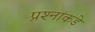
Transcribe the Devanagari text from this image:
प्रश्‍नांकडे